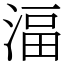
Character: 湢